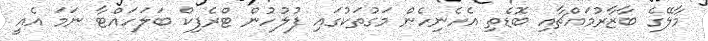
މާލޭގެ ބާޒާރުމައްޗާއި ބޮޑެތި އެހެނިހެން މަގުތަކުގައި ފުުލުހުން ޓްރެފިކް ބަލަހައްޓާ ނަމަ އެއީ